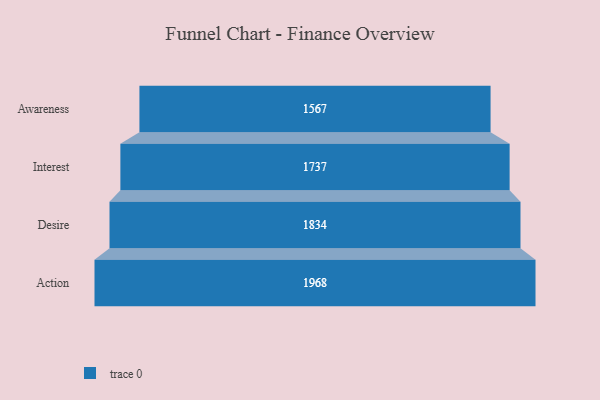
{"axis": {"x": "Stage", "y": "Value"}, "legend": [""], "data": [{"x": "Awareness", "y": 1567.0, "type": ""}, {"x": "Interest", "y": 1737.0, "type": ""}, {"x": "Desire", "y": 1834.0, "type": ""}, {"x": "Action", "y": 1968.0, "type": ""}]}